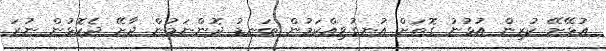
އުޅޭށޭ ކުރިން އުޅުނު ގޮތަށް އުނގުވިއްކަމުން ބަނޑު ދޮންނަމުން ދާށޭ ދެކޮޅުން ނުރަ